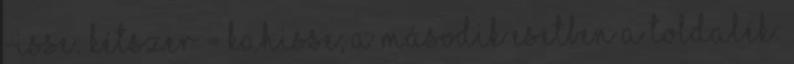
-isse: kétszer = kahisse; A második esetben a toldalék: